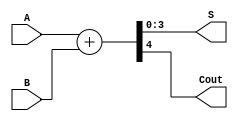
`timescale 1ns/100ps

module FourBitAdder(
    input [3:0] A,
    input [3:0] B,
    output reg [3:0] S,
    output reg Cout
    );

  always @ * {Cout,S}=A+B;

endmodule